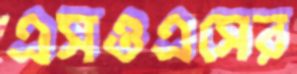
এসওএসের